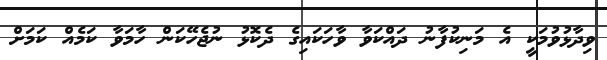
ވިދާޅުވުމަކީ އެ މަނިކުފާނު ދައްކަވާ ވާހަކައިގެ ދެކޮޅު ނުޖެހޭކަން ހާމަވާ ކަމެއް ކަމަށް